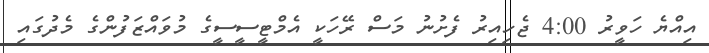
އިއްޔެ ހަވީރު 4:00 ޖެހިއިރު ފެށުނު މަސް ރޭހަކީ އެމްޓީސީސީގެ މުވައްޒަފުންގެ މެދުގައި